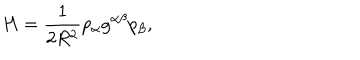
H = \frac { 1 } { 2 R ^ { 2 } } p _ { \alpha } g ^ { \alpha \beta } p _ { \beta } ,